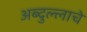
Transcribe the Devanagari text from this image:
अब्दुल्लाचे